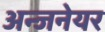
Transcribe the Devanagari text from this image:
अन्जनेयर